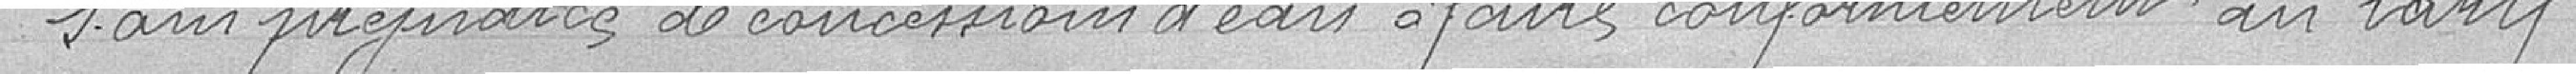
sans préjudice de concession d'eau à faire conformément au tarif.